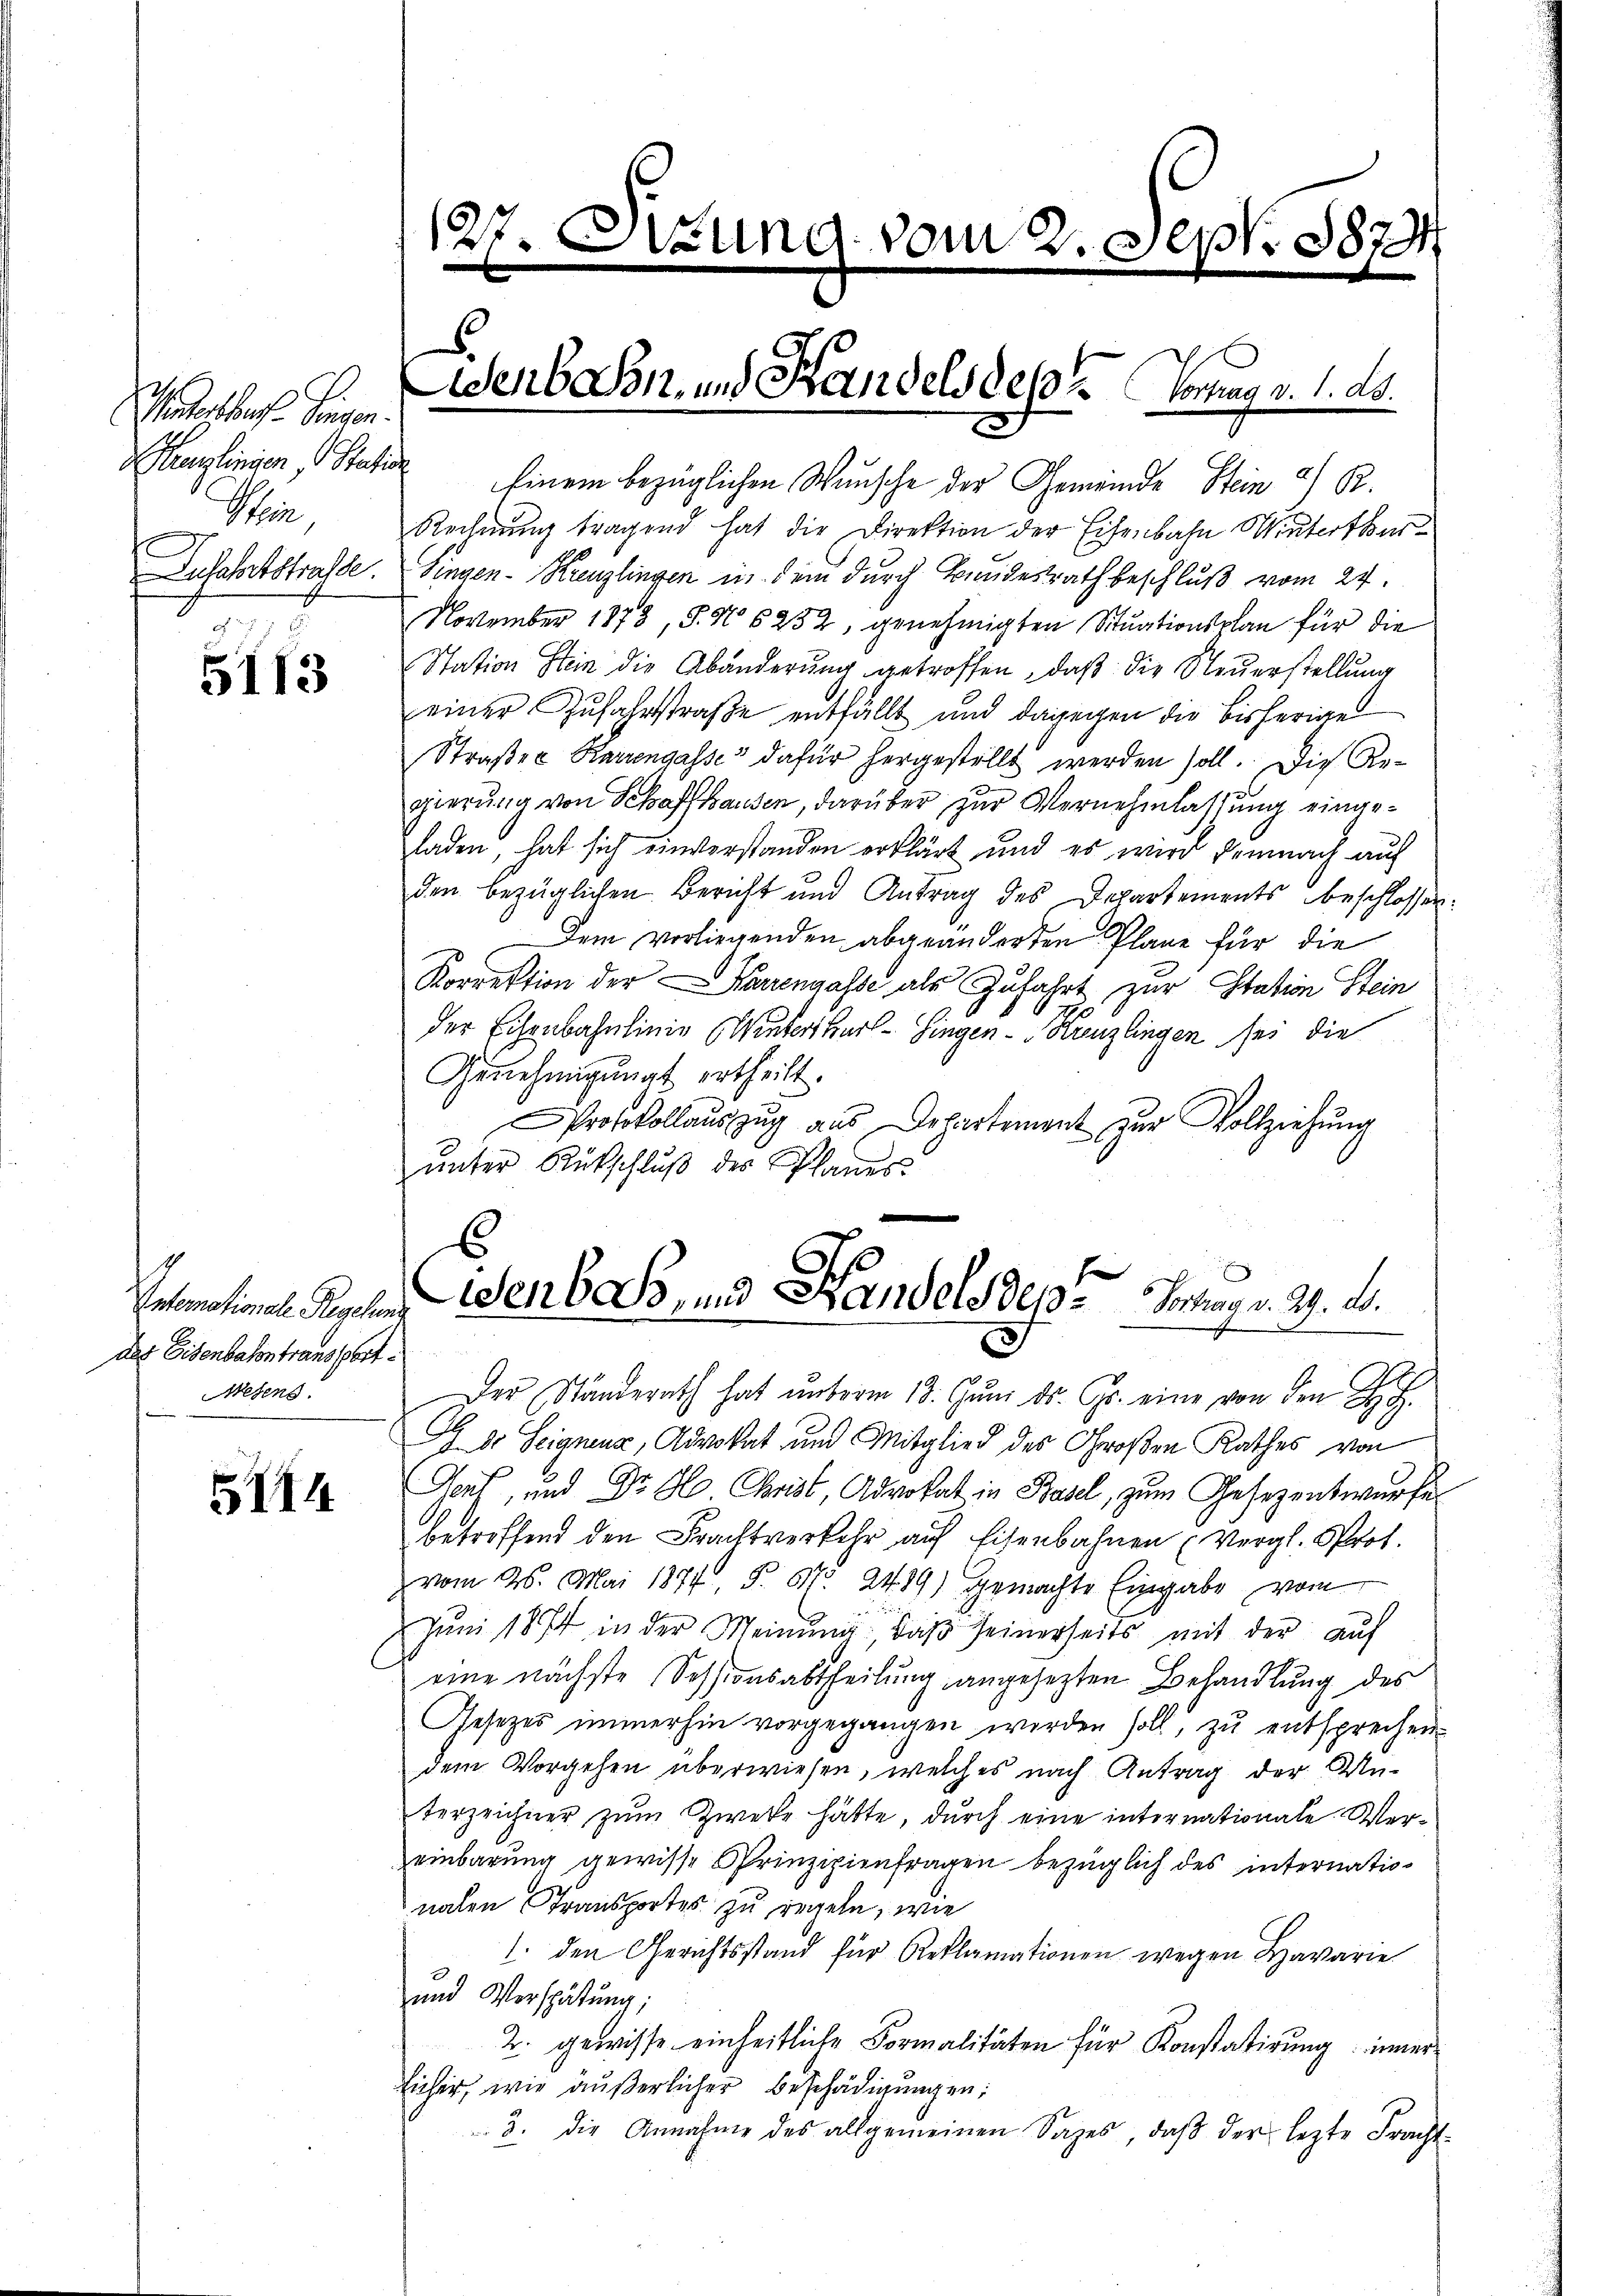
Vatersbruch. Gegen.
 Kreuzlinien, Station
Schin
e

5113

Unternationale Reichung
das Eisenbahntransport.
Wesens

5114

s

denbein, und Handels des Toman v. 1. ds.

Einem bezüglichen Wunsche der Gemeinde Stein 2 R.
Rechnung tragend hat die Direktion der Eisenbahn Winterthur
Zufahrtstrafe. Singen-Kreuzlingen in dem durch Bundestrath beschluß vom 24.
November 1873, S. N 5252, genehmigten Situationsplan für die
Station Stein die Abänderung getroffen, daß die Steuerstellung
einer Zufahrstraße entfällt und dagegen die bisherige
Straßen Karrengasse dafür hergestellt werden soll. Die Regierung von Schaffhausen, darüber zur Vernehmlassung eingeladen, hat sich einverstanden erklärt und es wird demnach auf
den bezüglichen Bericht und Antrag des Departements beschlossen:
Dem vorliegenden abgeänderten Plane für die
Korrektion der Kurrengasse als Zufahrt zur Station Stein
der Eisenbahnlinie (Winterthur–Singen–Kreuzlingen sei die
Genehmigung ertheilt.
Protokollauszug aus Departement zur Vollziehung
unter Rückschluß des Planes.

Der Ständerath hat ŭnterm 18. Jŭni ds. Gs. eine von den
G dr Seigneur, Advokat und Mitglied des Großen Rathes von
Genf, und Dr. H. Christ, Advokat in Basel, zum Gesezentwurfe
betroffend den Frachtverkehr auf Eisenbahnen (Vergl. Prot.
z vom 26. Mai 1874 § 57. 2489) gemachte Eingabe vom
Juni 1874 in der Meinung daβ seinerseits mit der auf
eine nächste Sessionsabtheilung angesezten Behandlung des
Gesetzes immerhin vorgegangen werden soll, zŭ entsprechen
dem Vorgehen überwiesen, welches nach Antrag der Unterzeichner zum Zwecke hätte, durch eine internationale Vereinbarung gewisse Prinzipienfragen bezüglich des internationalen Transportes zu regeln, wie
1. den Gerichtsstand für Reklamationen wegen Havarie
und Verspätung;
2. gewisse einheitliche Formalitäten für Konstatirung inner¬
Eicher, wie äußerlicher Beschädigungen:
3. die Annahme des allgemeinen Sages, daβ der lezte Fracht-

zung vom 2. Sept. 1879

6
Wenbad, und Handels der Vortrag v. 29. L.